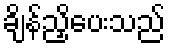
ချိန်ညှိပေးသည်